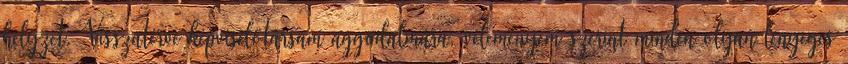
helyzet. Visszatérve képviselőtársam aggodalmára, véleményem szerint minden olyan lényeges